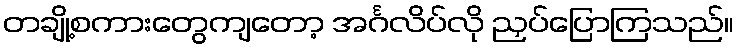
တချို့စကားတွေကျတော့ အင်္ဂလိပ်လို ညှပ်ပြောကြသည်။